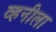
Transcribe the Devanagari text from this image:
व्हनीला